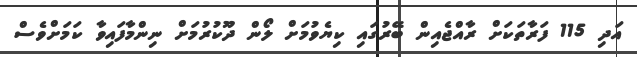
އަދި 115 ފަރާތަކަށް ރާއްޖެއިން ބޭރުގައި ކިޔެވުމަށް ލޯން ދޫކުރުމަށް ނިންމާފައިވާ ކަމަށްވެސް